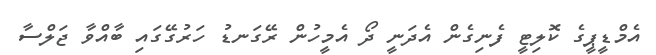
އެމްޑީޕީގެ ކޮލިޓީ ފެނިގެން އެދަނީ ދޯ އެމީހުން ރޭގަނޑު ހަރުގޭގައި ބާއްވާ ޖަލްސާ